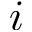
i